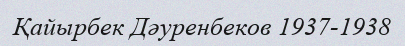
Қайырбек Дəуренбеков 1937-1938